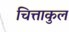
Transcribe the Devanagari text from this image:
चित्ताकुल